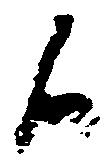
候